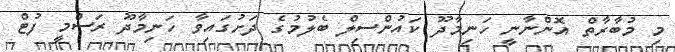
މި މުބާރާތް އޮންނާނީ ހަނިމާދޫ ކައުންސިލް ބެލުމުގެ ދަށުގައިވާ ހަނިމާދޫ ރަސްމީ ފުޓް